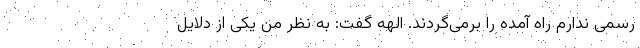
رسمی ندارم راه آمده را برمی‌گردند. الهه گفت: به نظر من یکی از دلایل